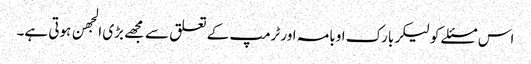
اس مسئلے کو لیکر بارک اوبامہ اور ٹرمپ کے تعلق سے مجهے بڑی الجهن ہوتی ہے۔